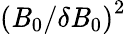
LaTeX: \left({\mathit{B}_{0}}/{\delta\mathit{B}_{0}}\right)^{2}